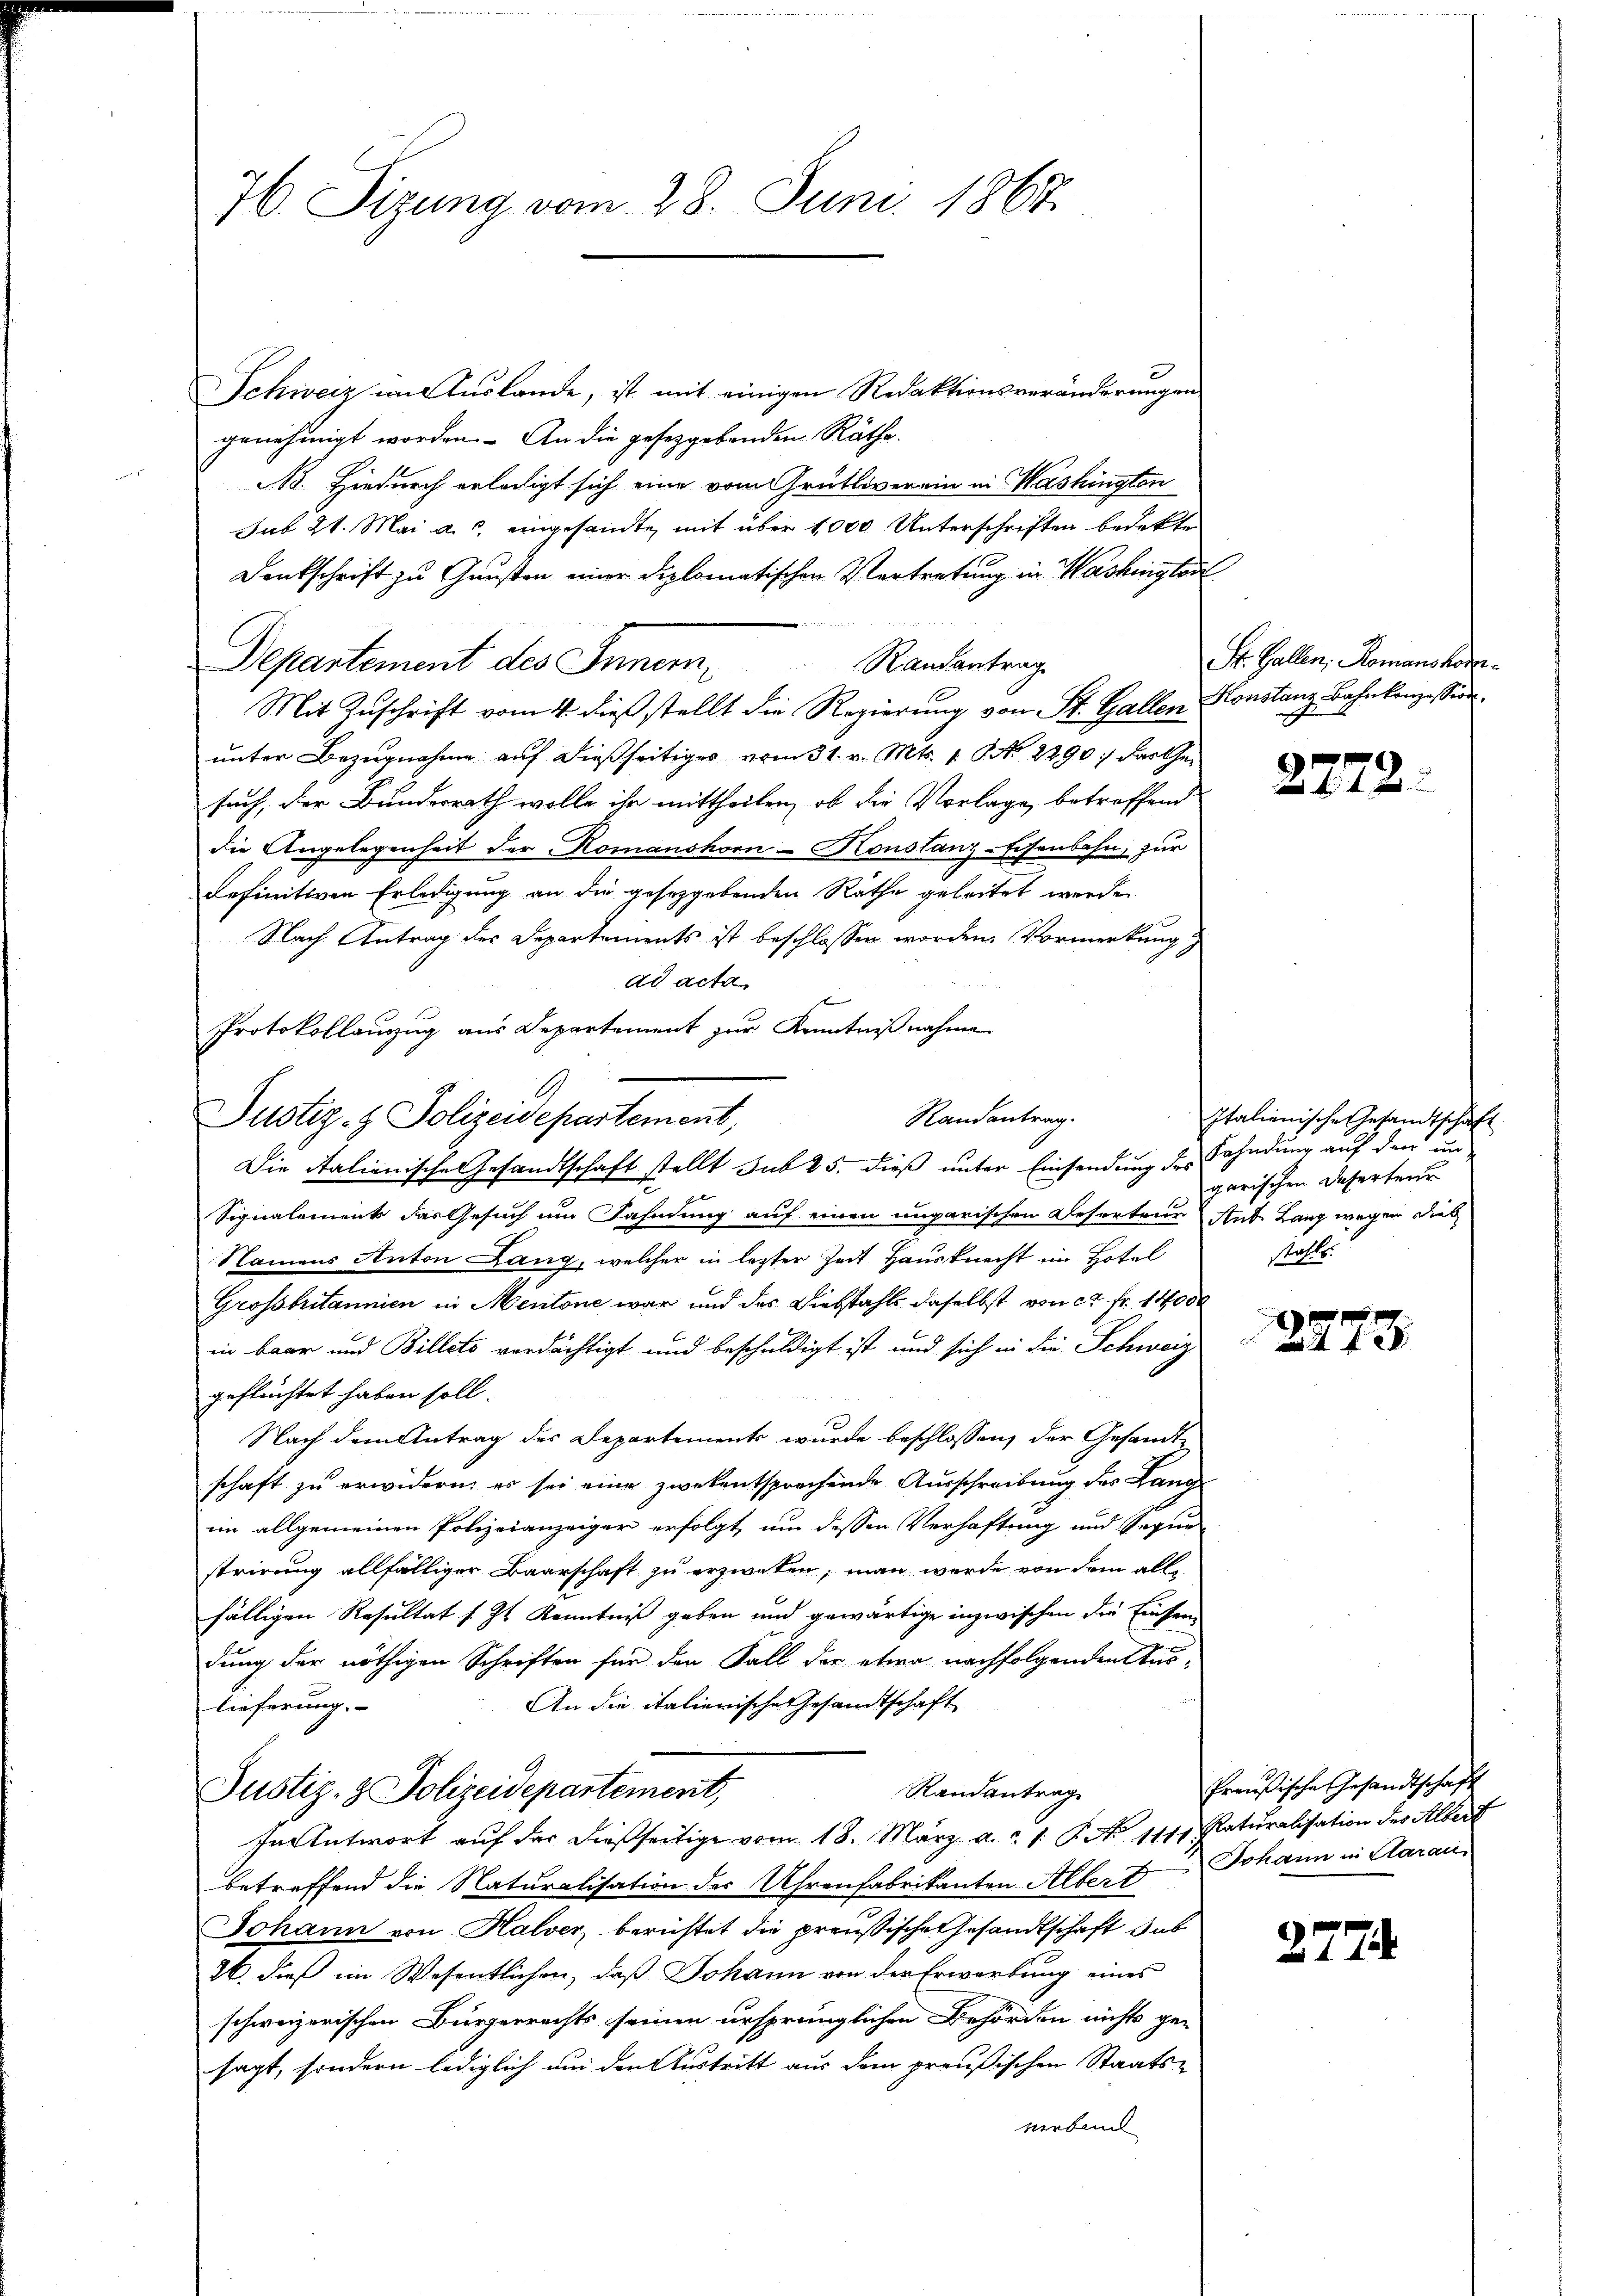
76. Sizung vom 28. Juni 1867

Schweiz im Auslande, ist mit einigen Redaktionsveränderungen
genehmigt worden. An die gesetzgebenden Räthe.
B. Hiedurch erledigt sich eine vom Grütliverein in Washington
Sub 21. Mai a.c. eingesandte, mit über 1000 Unterschriften bedekte
Denkschrift zu Gunsten einer diplomatischen Vertretung in Washinglist
Departement des Innern,
Mit Zuschrift vom 4. dieß stellt die Regierung von St. Gallen Konstanz, Bahnkonzession
unter Bezugnahme auf dießseitiges vom 31. v. Mts. 1 S. 2290: das Gesuch, der Bundesrath wolle ihr mittheilen, ob die Vorlage, betreffend
die Angelegenheit der Komanshorn-Konstanz-Eisenbahn, zur
definitiven Erledigung an die gesetzgebenden Räthe geleitet werde
Nach Antrag der Departements ist beschlossen worden. Vormerkung
dd acta
f
Protokollanzug aus Departement zur Kenntnißnahme

Randantrag.
Justiz- & Polizeidepartement,
Die Italienische Gesandtschaft stellt sub 25. dieß unter Einsendung des

Randantrag

Signalement das Gesuch um Fahndung auf einen ungarischen Reserteur sub. Lang wegen dies
Namens Anton Lang, welcher in lezter Zeit Hausknecht im Hotel
Grossbritannien in Mentone war und das Diebstahls daselbst von ca Fr. 14000
in baar und Billets verdächtigt und beschuldigt ist, und sich in die Schweiz
geflüchtet haben soll.
Nach dem Antrag des Departements wurde beschlossen, der Gesandte
schaft zu erwidern, es sei eine zwekentsprechende Ausschreibung der Lang-
im allgemeinen Polizeianzeiger erfolgt, um dessen Verhaftung und Seque
strirung allfälliger Baarschaft zu erzweken, man werde von dem alle
fälligen Resultat s. Zt. Kenntniß geben und gewärtige inzwischen die Einsen-
dung der nöthigen Schriften für den Fall der etwa nachfolgenden Kno¬
An die italierische Gesandtschaft
lieferung.
Randantrag
Justiz- & Polizeidepartement,
In Antwort auf der dießseitige vom 18. März a. s. S. Ao. 1111. Naturalisation der Albert
betreffend die Naturalisation der Uhrenfabrikanten Albert Johann in Aarau
Johann von Halver, berichtet die preußische Gesandtschaft sub
26. dieß im Wesentlichen, daß Johann von der Erwerbung eines
schweizerischen Bürgerrechts seinen ursprünglichen Behörden nichts ge-
sagt, sondern lediglich und den Austritt aus dem preußischen Staatsverband

St. Gallen, Romans körpe

2772:

Italienische Gesandtschaft
Fahndung auf den un
garischen Deserteur
stahls.

2273

Preußische Gesandtschaft

277.